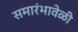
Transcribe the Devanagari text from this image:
समारंभावेळी